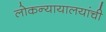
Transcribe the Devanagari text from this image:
लोकन्यायालयांची